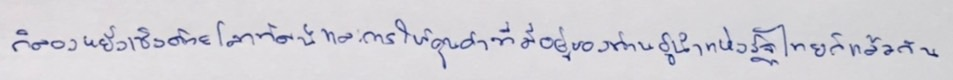
ก็ลองหยั่งเชิงด้วยโลกทัศน์และการให้คุณค่าที่มีอยู่ของท่านผู้นำแห่งรัฐไทยก็แล้วกัน